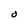
Character: O